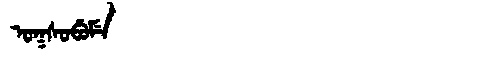
Manchu: ᠣᡴᠰᠣᠪᡠᠮᡝ
Romanization: OKSOBUME